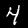
Label: 4